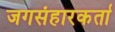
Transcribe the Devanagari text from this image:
जगसंहारकर्ता